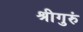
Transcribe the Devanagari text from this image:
श्रीगुरुं